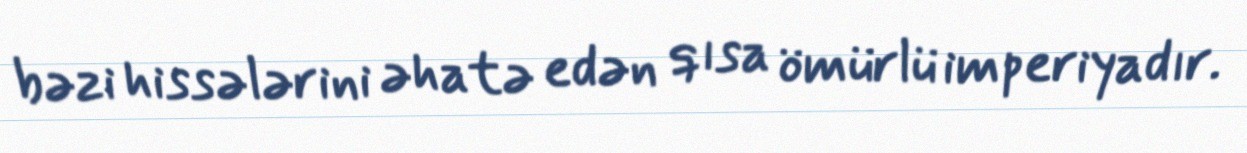
bəzi hissələrini əhatə edən qısa ömürlü imperiyadır.